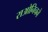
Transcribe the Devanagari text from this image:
राओनिचने